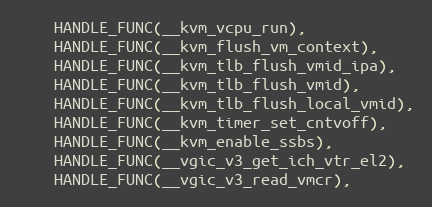
Language: C
	HANDLE_FUNC(__kvm_vcpu_run),
	HANDLE_FUNC(__kvm_flush_vm_context),
	HANDLE_FUNC(__kvm_tlb_flush_vmid_ipa),
	HANDLE_FUNC(__kvm_tlb_flush_vmid),
	HANDLE_FUNC(__kvm_tlb_flush_local_vmid),
	HANDLE_FUNC(__kvm_timer_set_cntvoff),
	HANDLE_FUNC(__kvm_enable_ssbs),
	HANDLE_FUNC(__vgic_v3_get_ich_vtr_el2),
	HANDLE_FUNC(__vgic_v3_read_vmcr),